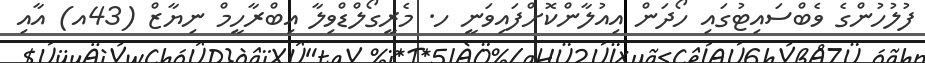
ފުލުހުންގެ ވެބްސައިޓުގައި ހޯދަން އިއުލާންކޮށްފައިވަނީ ހ. މެރީގޯލްޑްވިލާ އިބްރާހީމް ނިޔާޒް (43އ) އާއި